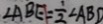
\angle A B E = \frac { 1 } { 2 } \angle A B D